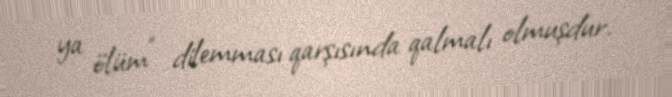
ya ölüm" dilemması qarşısında qalmalı olmuşdur.